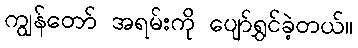
ကျွန်တော် အရမ်းကို ပျော်ရွှင်ခဲ့တယ်။